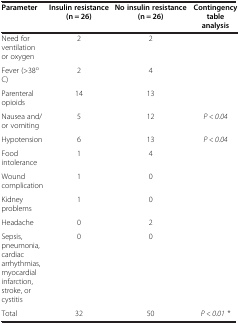
<table><thead><tr><td><b>Parameter</b></td><td><b>Insulin resistance (n = 26)</b></td><td><b>No insulin resistance (n = 26)</b></td><td><b>Contingency table analysis</b></td></tr></thead><tbody><tr><td>Need for ventilation or oxygen</td><td>2</td><td>2</td><td> </td></tr><tr><td>Fever (&gt;38<sup>o</sup> C)</td><td>2</td><td>4</td><td> </td></tr><tr><td>Parenteral opioids</td><td>14</td><td>13</td><td> </td></tr><tr><td>Nausea and/or vomiting</td><td>5</td><td>12</td><td><i>P &lt; 0.04</i></td></tr><tr><td>Hypotension</td><td>6</td><td>13</td><td><i>P &lt; 0.04</i></td></tr><tr><td>Food intolerance</td><td>1</td><td>4</td><td> </td></tr><tr><td>Wound complication</td><td>1</td><td>0</td><td> </td></tr><tr><td>Kidney problems</td><td>1</td><td>0</td><td> </td></tr><tr><td>Headache</td><td>0</td><td>2</td><td> </td></tr><tr><td>Sepsis, pneumonia, cardiac arrhythmias, myocardial infarction, stroke, or cystitis</td><td>0</td><td>0</td><td> </td></tr><tr><td>Total</td><td>32</td><td>50</td><td><i>P &lt; 0.01 *</i></td></tr></tbody></table>